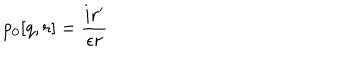
p _ { 0 } [ q , r ] = \frac { i r ^ { \prime } } { \epsilon r }